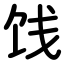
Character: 饯